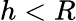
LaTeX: h<R